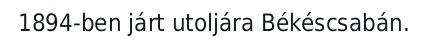
1894-ben járt utoljára Békéscsabán.